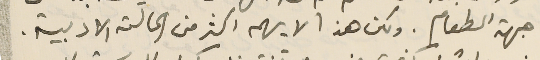
جهة الطعام. ولكن هذا لا يهم اكثر من الحالة الادبية.